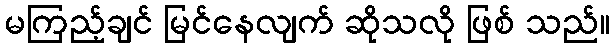
မကြည့်ချင် မြင်နေလျက် ဆိုသလို ဖြစ် သည်။